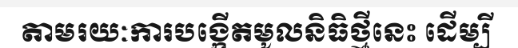
តាមរយៈការបង្កើតមូលនិធិថ្មីនេះ ដើម្បី